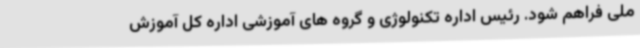
ملی فراهم شود. رئیس اداره تکنولوژی و گروه های آموزشی اداره کل آموزش